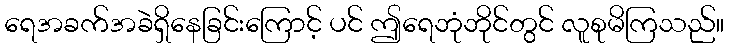
ရေအခက်အခဲရှိနေခြင်းကြောင့် ပင် ဤရေဘုံဘိုင်တွင် လူစုမိကြသည်။